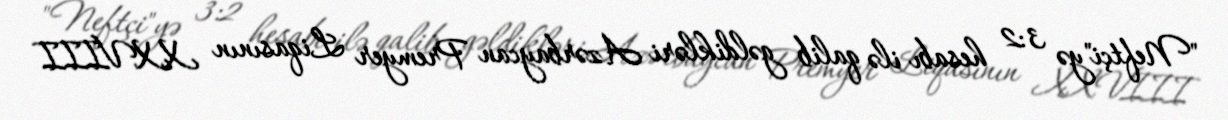
"Neftçi"yə 3:2 hesabı ilə qalib gəldikləri Azərbaycan Premyer Liqasının XXVIII